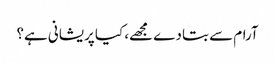
آرام سے بتا دے مجھے، کیا پریشانی ہے؟